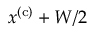
x ^ { \mathrm { ( c ) } } + W / 2